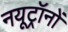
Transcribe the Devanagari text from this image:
नयूट्रॉनों